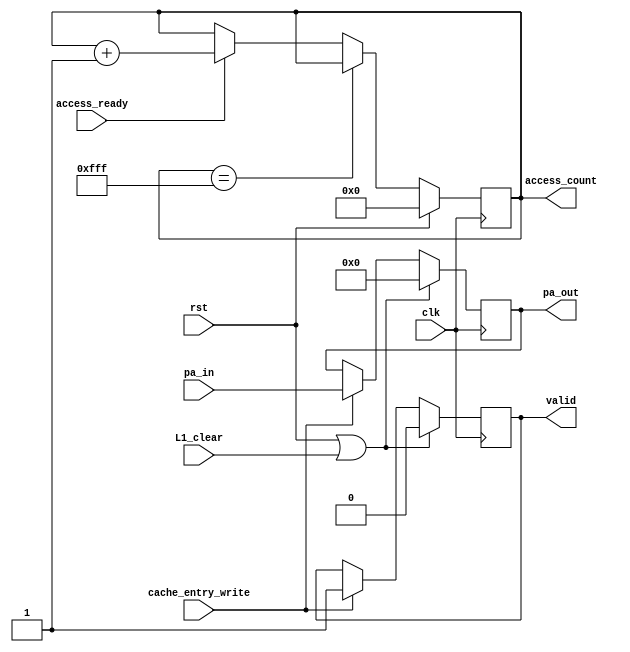
module cache_entry(
input wire clk,
input wire rst,

input wire L1_clear,

input wire access_ready,

input wire [63:0]pa_in,
output reg [63:0]pa_out,

output reg [11:0]access_count,
output reg valid,
input wire cache_entry_write
);

always@(posedge clk)begin
	if(rst | L1_clear)begin
		pa_out	<=	64'b0;
		valid	<=	1'b0;
	end
	else if(cache_entry_write)begin
		pa_out	<=	pa_in;
		valid	<=	1'b1;
	end
end

always@(posedge clk)begin
	if(rst)begin
		access_count	<=	12'h0;
	end
	else if(access_count == 12'b111111111111)begin
		access_count	<=	access_count;
	end
	else if(access_ready)begin
		access_count	<=	access_count + 12'h1;
	end
end

endmodule